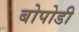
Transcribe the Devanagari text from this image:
बोपोडी